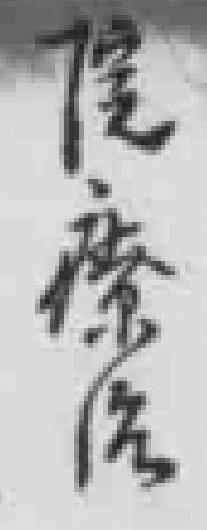
院醫治